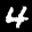
Label: 4